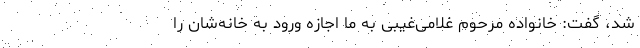
شد، گفت: خانواده مرحوم غلامی‌غیبی به ما اجازه ورود به خانه‌شان را